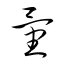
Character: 量